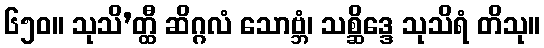
၆၅၀။ သုသိ’တ္ထီ ဆိဂ္ဂလံ သောဗ္ဘံ၊ သစ္ဆိဒ္ဒေ သုသိရံ တိသု။